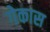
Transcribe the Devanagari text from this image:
गेकास